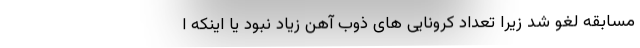
مسابقه لغو شد زیرا تعداد کرونایی های ذوب آهن زیاد نبود یا اینکه ا